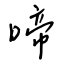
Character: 啼